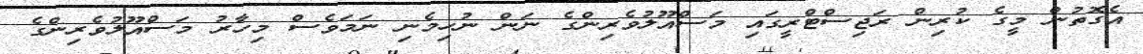
އެގޮތުން މީގެ ކުރިން ރަޖިސްޓްރީގައި މަސްއޫލުވެރިންގެ ނަން ނުހިމެނި ނަމަވެސް މިހާރު މަސްއޫލުވެރިންގެ